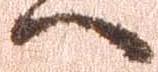
へ